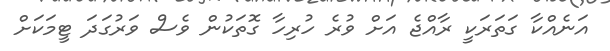
އަނެއްކާ ގަތަރަކީ ރާއްޖެ އަށް ވުރެ ހުރިހާ ގޮތަކުން ވެސް ވަރުގަދަ ޓީމަކަށް